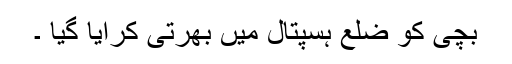
بچی کو ضلع ہسپتال میں بھرتی کرایا گیا ۔